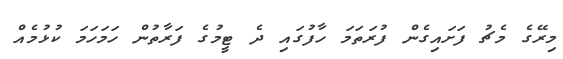
މިރޭގެ މެޗު ފަށައިގެން ފުރަތަމަ ހާފުގައި ދެ ޓީމުގެ ފަރާތުން ހަމަހަމަ ކުޅުމެއް